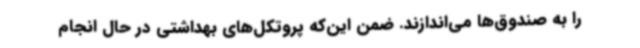
را به صندوق‌ها می‌اندازند. ضمن این‌که پروتکل‌های بهداشتی در حال انجام